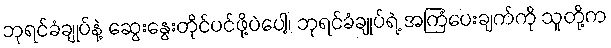
ဘုရင်ခံချုပ်နဲ့ ဆွေးနွေးတိုင်ပင်ဖို့ပဲပေါ့၊ ဘုရင်ခံချုပ်ရဲ့ အကြံပေးချက်ကို သူတို့က